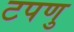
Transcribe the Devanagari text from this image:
टपणु